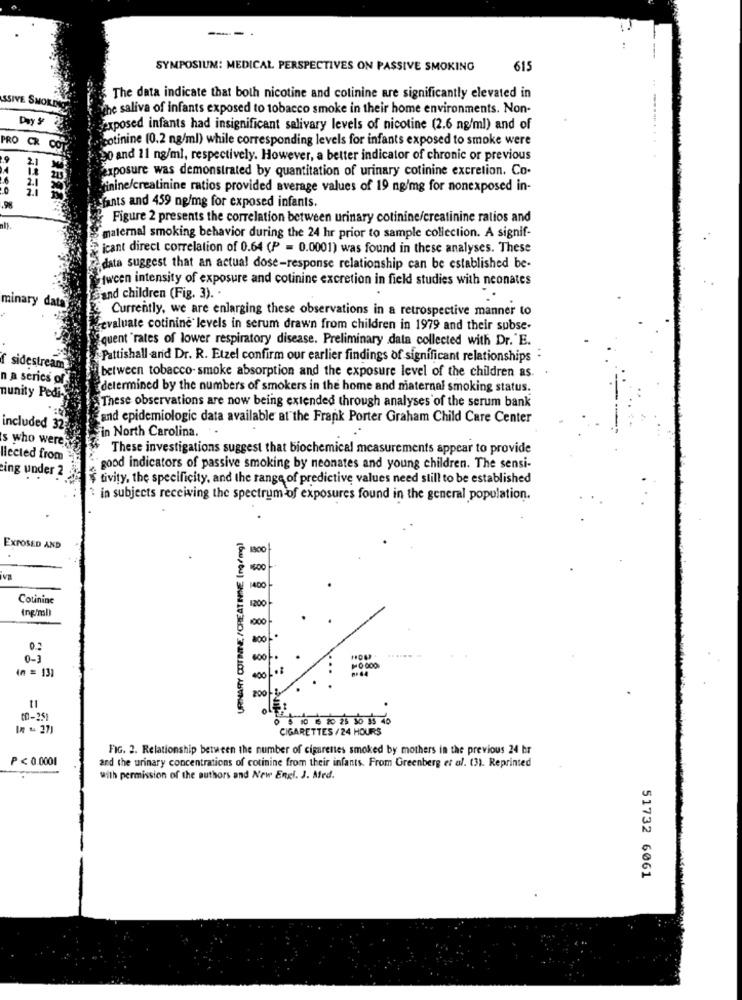
---
SYMPOSIUM: MEDICAL PERSPECTIVES ON PASSIVE SMOKING
615
SSIVE SM
The data indicate that both nicotine and cotinine are significantly elevated in
the saliva of infants exposed to tobacco smoke in their home environments. Non-
Day &
exposed infants had insignificant salivary levels of nicotine (2.6 ng/ml) and of
cotinine (0.2 ng/ml) while corresponding levels for infants exposed to smoke were
PRO CR CO
20 and 11 ng/ml, respectively. However, a better indicator of chronic or previous
exposure was demonstrated by quantitation of urinary cotinine excretion. Co.
finine/creatinine ratios provided average values of 19 ng/mg for nonexposed in-
fants and 459 ng/mg for exposed infants.
Figure 2 presents the correlation between urinary cotinine/creatinine ratios and
maternal smoking behavior during the 24 hr prior to sample collection. A signif-
icant direct correlation of 0.64 (P = 0.0001) was found in these analyses. These
data suggest that an actual dose-response relationship can be established be-
tween intensity of exposure and cotinine excretion in field studies with neonates
minary dat
and children (Fig. 3) ..
Currently, we are enlarging these observations in a retrospective manner to
evaluate cotinine levels in serum drawn from children in 1979 and their subse-
quent "rates of lower respiratory disease. Preliminary data collected with Dr."E.
Pattishall and Dr. R. Etzel confirm our earlier findings of significant relationships -
sidestream
n a series of
between tobacco-smoke absorption and the exposure level of the children as.
determined by the numbers of smokers in the home and maternal smoking status.
nunity Pedi-
These observations are now being extended through analyses of the serum bank
and epidemiologic data available at the Frank Porter Graham Child Care Center
included 32;
in North Carolina.
s who were
These investigations suggest that biochemical measurements appear to provide
Hlected from
ing under 2
good indicators of passive smoking by neonates and young children. The sensi-
$ tivity, the specificity, and the range of predictive values need still to be established
in subjects receiving the spectrum of exposures found in the general population.
URINARY COTINTE, /CREATININE (ng/mg)
EXPOSED AND
1400
Cotininc
(ng/ml)
1200
1000
,00
0.2
0-1
(n = 131
11
(0-25)
0 0 10 10 20 25 30 $ 40
In - 27]
CIGARETTES /24 HOURS
FIG. 2. Relationship between the number of cigarettes smoked by mothers in the previous 24 hr
P< 0.0001
and the urinary concentrations of cotinine from their infants. From Greenberg et al. (3). Reprinted
with permission of the authors and New Engl. J. Med.
51732 6061